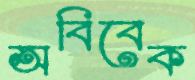
অবিবেক